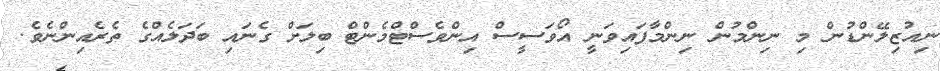
ނިއުޒިލޭންޑުން މި ނިންމުން ނިންމާފައިވަނީ އޯވަސީސް އިންވެސްޓްމެންޓް ބިލަށް ގެނައި ބަދަލެއްގެ ތެރެއިންނެވެ.